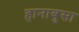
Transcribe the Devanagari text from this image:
हानाबुसा